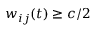
w _ { i j } ( t ) \geq c / 2